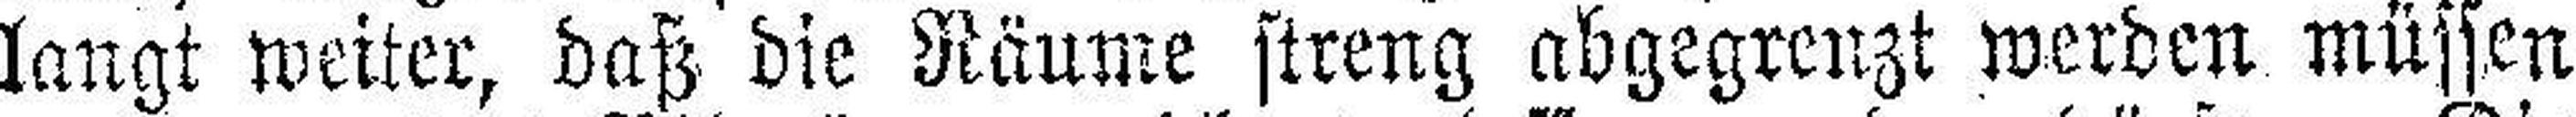
langt weiter, daß die Räume streng abgegrenzt werden müssen